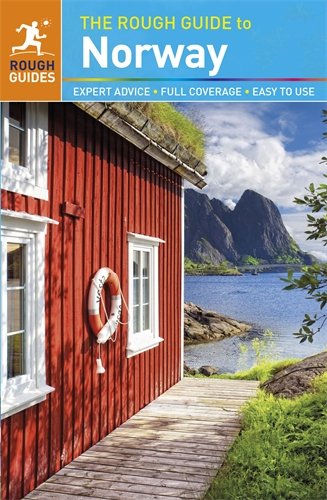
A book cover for The Rough Guide to Norway; Phil Lee; Travel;